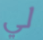
لي